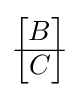
{\begin{bmatrix}B\\\hline C\end{bmatrix}}